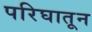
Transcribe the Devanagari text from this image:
परिघातून